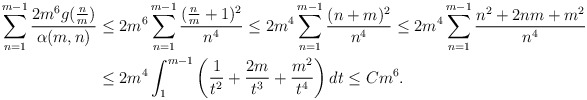
\begin{align*} \sum_{n=1}^{m-1}\frac{2m^6g(\frac{n}{m})}{\alpha(m,n)}&\leq 2m^6\sum_{n=1}^{m-1}\frac{(\frac{n}{m}+1)^2}{n^4}\leq 2m^4\sum_{n=1}^{m-1}\frac{(n+m)^2}{n^4}\leq 2m^4\sum_{n=1}^{m-1}\frac{n^2+2nm+m^2}{n^4}\\ &\leq 2m^4\int_{1}^{m-1}\left(\frac{1}{t^2}+\frac{2m}{t^3}+\frac{m^2}{t^4}\right)dt\leq Cm^6. \end{align*}